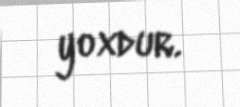
yoxdur.